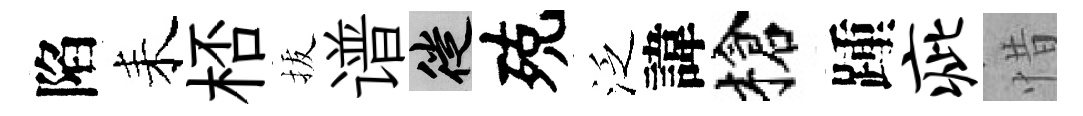
陷耒桮拔谱徙殑泛諱槍踵疵惜